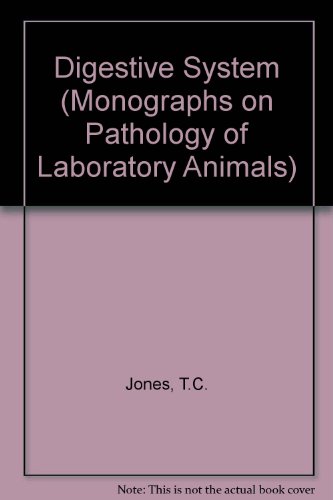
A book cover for Digestive System (Monographs on Pathology of Laboratory Animals); T.C. Jones; Medical Books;